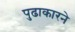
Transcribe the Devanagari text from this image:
पुढाकारने